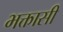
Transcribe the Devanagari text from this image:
भक्तासी